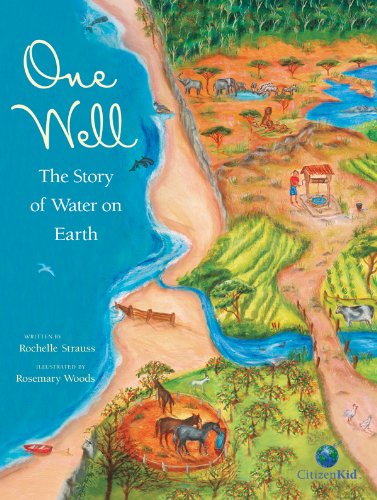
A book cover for One Well: The Story of Water on Earth (CitizenKid); Rochelle Strauss; Children's Books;